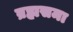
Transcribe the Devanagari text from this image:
ब्रह्मसमा